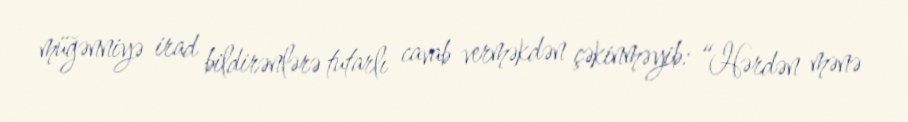
müğənniyə irad bildirənlərə tutarlı cavab verməkdən çəkinməyib: “Hərdən mənə